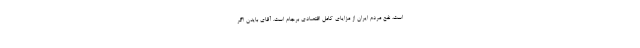
است، نفع مردم ایران از مزایای کامل اقتصادی برجام است. آقای بایدن اگر